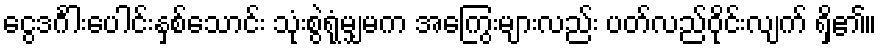
ငွေဒင်္ဂါးပေါင်းနှစ်သောင်း သုံးစွဲရုံမျှမက အကြွေးများလည်း ပတ်လည်ဝိုင်းလျက် ရှိ၏။